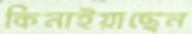
কিনাইয়াছেন